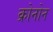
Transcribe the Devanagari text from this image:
क्रोनोन